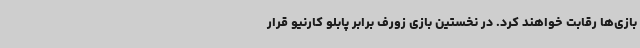
بازی‌ها رقابت خواهند کرد. در نخستین بازی زورف برابر پابلو کارنیو قرار